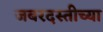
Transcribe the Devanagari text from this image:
जबरदस्तीच्या